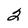
Character: 0